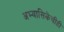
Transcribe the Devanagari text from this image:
अभ्यासिकेचीही